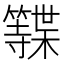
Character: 𮆩